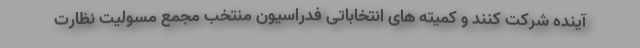
آینده شرکت کنند و کمیته های انتخاباتی فدراسیون منتخب مجمع مسولیت نظارت